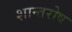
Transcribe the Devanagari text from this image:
शान्तरोष